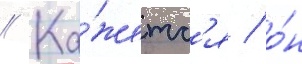
// Ка́жетс'я / о́н